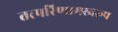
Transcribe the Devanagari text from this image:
तत्परिणामस्वरूप